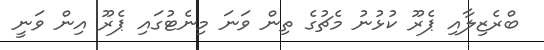
ބްރެޒިލާއި ޕެރޫ ކުޅުނު މެޗުގެ ތިން ވަނަ މިނެޓުގައި ޕެރޫ އިން ވަނީ